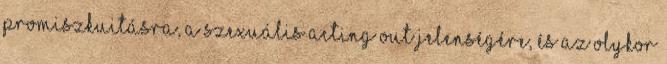
promiszkuitásra, a szexuális acting out jelenségére, és az olykor